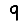
Digit: 9